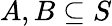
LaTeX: A,B\subseteq S